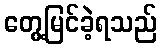
တွေ့မြင်ခဲ့ရသည်